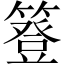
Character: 簦